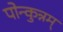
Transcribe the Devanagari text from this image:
पोन्कुन्नम्